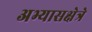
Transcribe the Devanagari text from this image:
अभ्यासक्षेत्रे